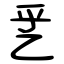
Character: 乯